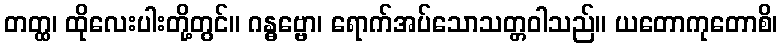
တတ္ထ၊ ထိုလေးပါးတို့တွင်။ ဂန္ဓဗ္ဗော၊ ရောက်အပ်သောသတ္တဝါသည်။ ယတောကုတောစိ၊